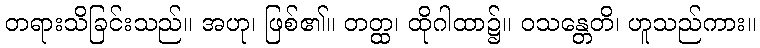
တရားသိခြင်းသည်။ အဟု၊ ဖြစ်၏။ တတ္ထ၊ ထိုဂါထာ၌။ ဝသန္တေတိ၊ ဟူသည်ကား။